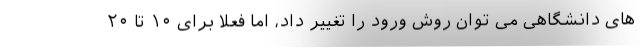
های دانشگاهی می توان روش ورود را تغییر داد، اما فعلا برای ۱۰ تا ۲۰